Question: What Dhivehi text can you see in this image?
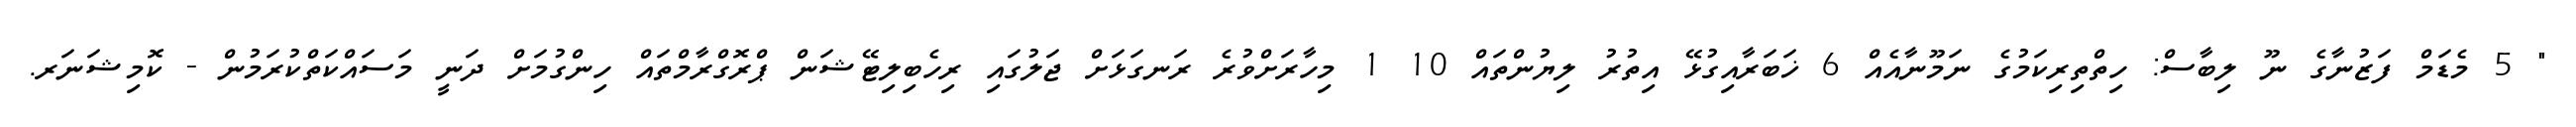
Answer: " 5 މެޑަމް ފަޒުނާގެ ނޫ ލިބާސް: ހިތްތިރިކަމުގެ ނަމޫނާއެއް 6 ޚަބަރާއިގުޅޭ އިތުރު ލިޔުންތައް 10 1 މިހާރަށްވުރެ ރަނގަޅަށް ޖަލުގައި ރިހެބިލިޓޭޝަން ޕްރޮގްރާމްތައް ހިންގުމަށް ދަނީ މަސައްކަތްކުރަމުން - ކޮމިޝަނަރ.